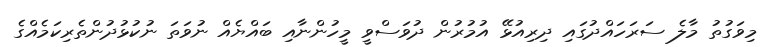
މިވަގުތު މާލެ ސަރަހައްދުގައި ދިރިއުޅޭ އުމުރުން ދުވަސްވީ މީހުންނާއި ބައްޔެއް ނުވަތަ ނުކުޅުދުންތެރިކަމެއްގެ